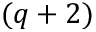
( q + 2 )